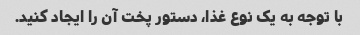
با توجه به یک نوع غذا، دستور پخت آن را ایجاد کنید.